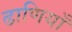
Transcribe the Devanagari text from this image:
ढाणियाँ